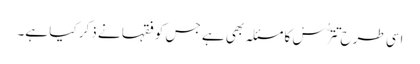
اسی طرح تَتَرُّسْ کا مسئلہ بھی ہے جس کو فقہا نے ذکر کیا ہے۔